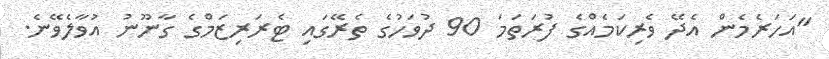
"އަހަރެމެން އެދޭ ވެރިކަމެއްގެ ފުރަތަމަ 90 ދުވަހުގެ ތެރޭގައި ޓެރަރިޒަމްގެ ގާާނޫނު އުވާލެވޭނެ.